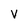
Character: v